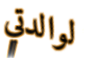
لوالدتي